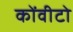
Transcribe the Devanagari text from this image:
कोंवीटो